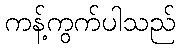
ကန့်ကွက်ပါသည်